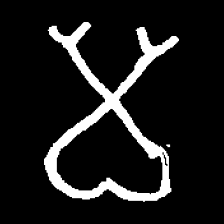
Pyu character \u2014 Myanmar letter: မ (romanized: ma)